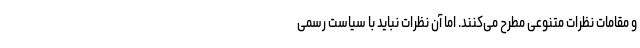
و مقامات نظرات متنوعی مطرح می‌کنند. اما آن نظرات نباید با سیاست رسمی